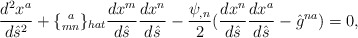
\begin{align*}\frac{d^2 x^a}{d\hat s^2}+\{^{\;\;a}_{mn}\}_{hat}\frac{dx^m}{d\hat s}\frac{dx^n}{d\hat s}-\frac{\psi_{,n}}{2}(\frac{dx^n}{d\hat s}\frac{dx^a}{d\hat s}-\hat g^{na})=0,\end{align*}